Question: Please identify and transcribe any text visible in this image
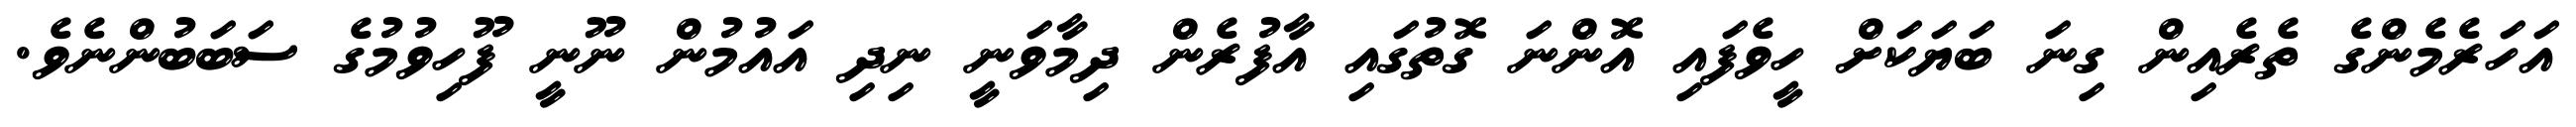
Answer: އަހަރެމެންގެ ތެރެއިން ގިނަ ބަޔަކަށް ހީވެފައި އޮންނަ ގޮތުގައި އާފުރެން ދިމާވަނީ ނިދި އައުމުން ނޫނީ ފޫހިވުމުގެ ސަބަބުންނެވެ.